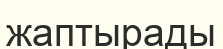
жаптырады